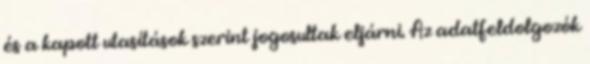
és a kapott utasítások szerint jogosultak eljárni. Az adatfeldolgozók